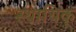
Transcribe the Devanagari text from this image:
स्थायिक्